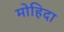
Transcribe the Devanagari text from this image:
मोहिदा